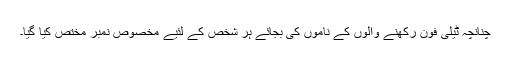
چنانچہ ٹیلی فون رکھنے والوں کے ناموں کی بجائے ہر شخص کے لئیے مخصوص نمبر مختص کیا گیا۔